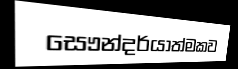
සෞන්දර්යාත්මකව